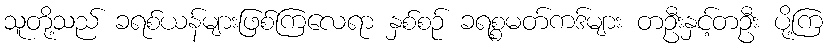
သူတို့သည် ခရစ်ယန်များဖြစ်ကြလေရာ နှစ်စဉ် ခရစ္စမတ်ကဒ်များ တဦးနှင့်တဦး ပို့ကြ